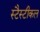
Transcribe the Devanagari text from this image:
स्टैस्टीकल